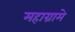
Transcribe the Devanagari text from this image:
महाग्रामे